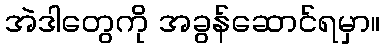
အဲဒါတွေကို အခွန်ဆောင်ရမှာ။